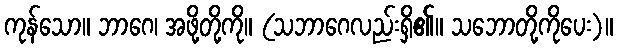
ကုန်သော။ ဘာဂေ၊ အဖို့တို့ကို။ (သဘာဂေလည်းရှိ၏။ သဘောတို့ကိုပေး)။